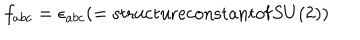
f _ { a b c } = \epsilon _ { a b c } ( = \mathrm { s t r u c t u r e c o n s t a n t o f } S U ( 2 ) )